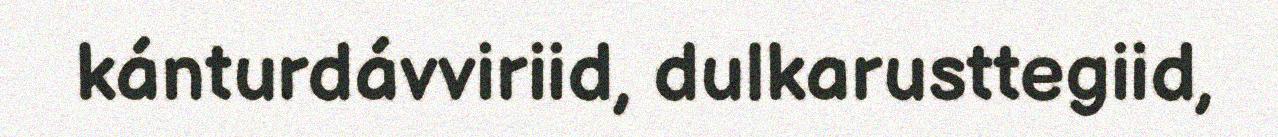
kánturdávviriid, dulkarusttegiid,